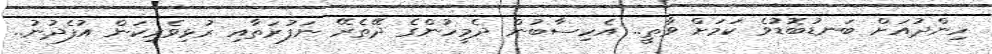
ހިންދުއަށް ބަނޑުބޮޑުވެ ކަމަށް ވާތީ.. އެހިސާބުން ދެމީހުންގެ ދޭތެރޭ ނަފުރަތާއި ރުޅިވެރިކަން އުފެދުނު..